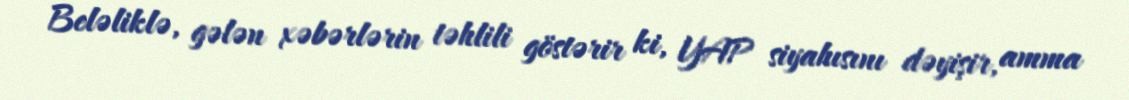
Beləliklə, gələn xəbərlərin təhlili göstərir ki, YAP siyahısını dəyişir, amma